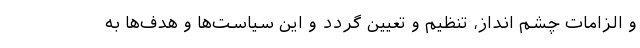
و الزامات چشم انداز، تنظيم و تعيين گردد و اين سياست‌ها و هدف‌ها به